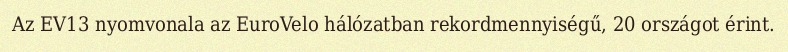
Az EV13 nyomvonala az EuroVelo hálózatban rekordmennyiségű, 20 országot érint.